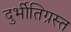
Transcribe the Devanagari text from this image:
दुर्भीतिग्रस्त